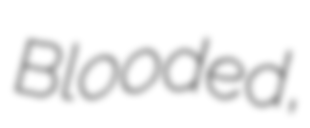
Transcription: Blooded,